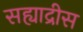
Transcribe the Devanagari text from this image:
सह्याद्रीस